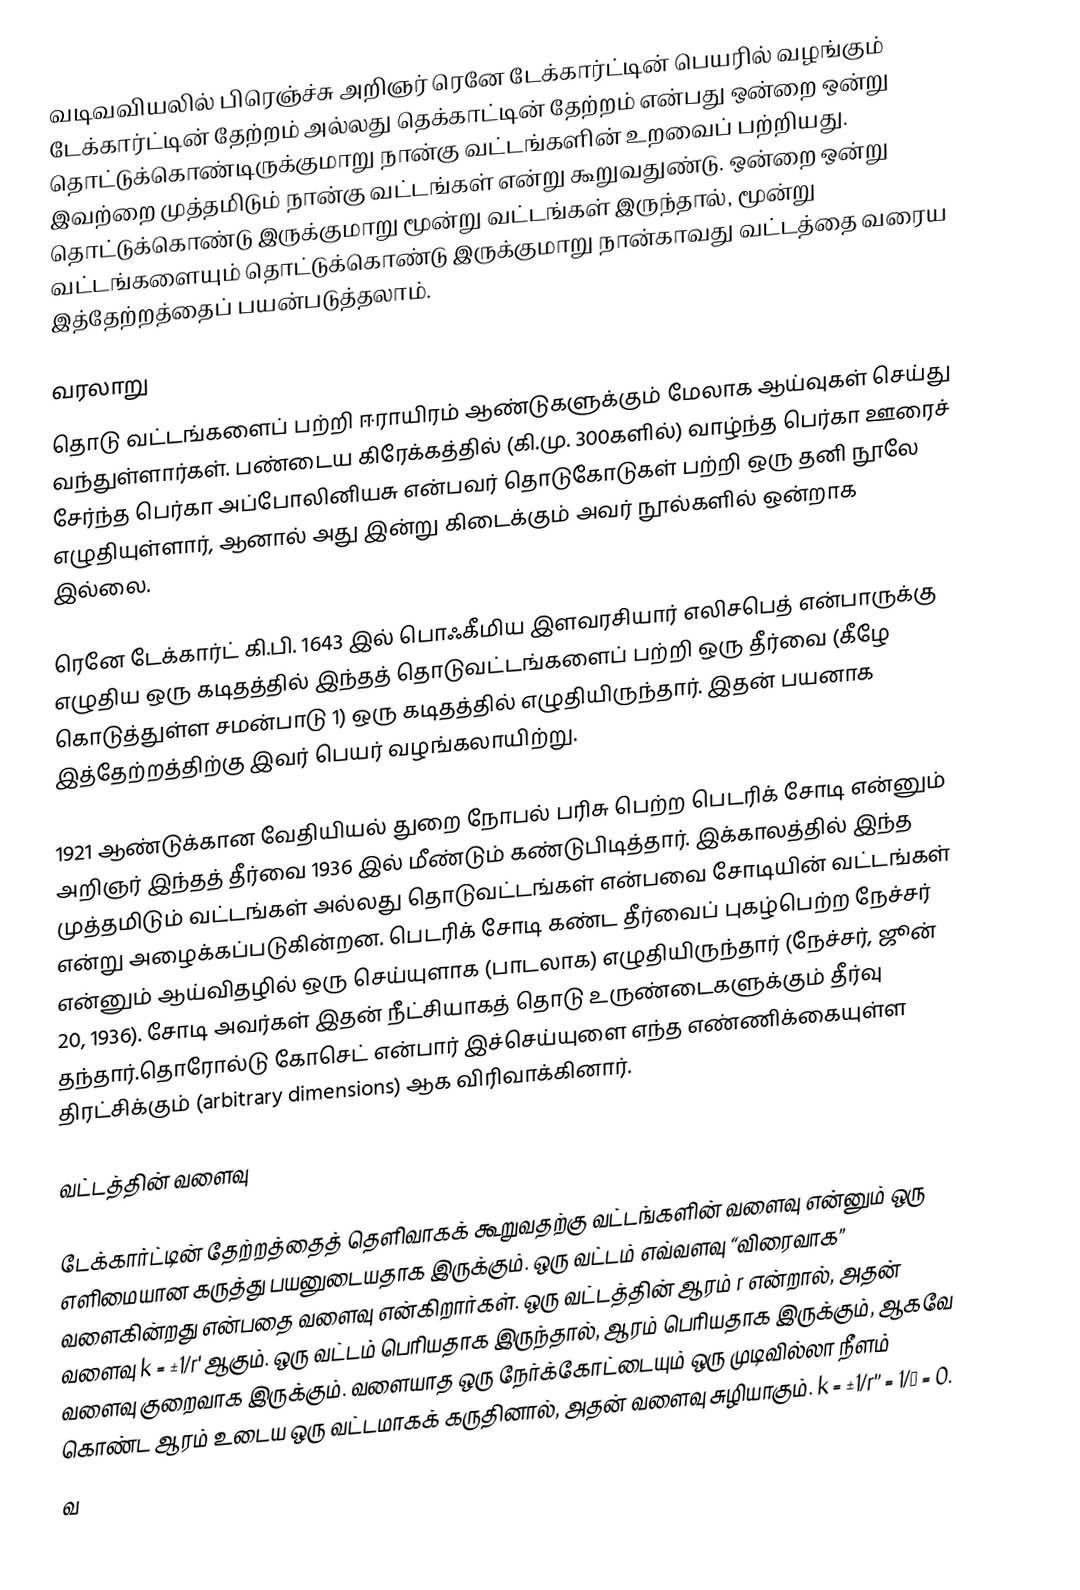
வடிவவியலில் பிரெஞ்ச்சு அறிஞர் ரெனே டேக்கார்ட்டின் பெயரில் வழங்கும் டேக்கார்ட்டின் தேற்றம் அல்லது தெக்காட்டின் தேற்றம் என்பது ஒன்றை ஒன்று தொட்டுக்கொண்டிருக்குமாறு நான்கு வட்டங்களின் உறவைப் பற்றியது. இவற்றை முத்தமிடும் நான்கு வட்டங்கள் என்று கூறுவதுண்டு. ஒன்றை ஒன்று தொட்டுக்கொண்டு இருக்குமாறு மூன்று வட்டங்கள் இருந்தால், மூன்று வட்டங்களையும் தொட்டுக்கொண்டு இருக்குமாறு நான்காவது வட்டத்தை வரைய இத்தேற்றத்தைப் பயன்படுத்தலாம்.

வரலாறு
தொடு வட்டங்களைப் பற்றி ஈராயிரம் ஆண்டுகளுக்கும் மேலாக ஆய்வுகள் செய்து வந்துள்ளார்கள். பண்டைய கிரேக்கத்தில் (கி.மு. 300களில்) வாழ்ந்த பெர்கா ஊரைச் சேர்ந்த பெர்கா அப்போலினியசு என்பவர் தொடுகோடுகள் பற்றி  ஒரு தனி நூலே எழுதியுள்ளார், ஆனால் அது இன்று கிடைக்கும் அவர் நூல்களில் ஒன்றாக இல்லை.

ரெனே டேக்கார்ட் கி.பி. 1643 இல் பொஃகீமிய இளவரசியார் எலிசபெத் என்பாருக்கு எழுதிய ஒரு கடிதத்தில் இந்தத் தொடுவட்டங்களைப் பற்றி ஒரு தீர்வை (கீழே கொடுத்துள்ள சமன்பாடு 1) ஒரு கடிதத்தில் எழுதியிருந்தார்.  இதன் பயனாக இத்தேற்றத்திற்கு இவர் பெயர் வழங்கலாயிற்று.

1921 ஆண்டுக்கான வேதியியல் துறை நோபல் பரிசு பெற்ற பெடரிக் சோடி என்னும் அறிஞர் இந்தத் தீர்வை 1936 இல் மீண்டும் கண்டுபிடித்தார். இக்காலத்தில் இந்த முத்தமிடும் வட்டங்கள் அல்லது தொடுவட்டங்கள் என்பவை சோடியின் வட்டங்கள் என்று அழைக்கப்படுகின்றன. பெடரிக் சோடி கண்ட தீர்வைப் புகழ்பெற்ற நேச்சர் என்னும் ஆய்விதழில் ஒரு செய்யுளாக (பாடலாக) எழுதியிருந்தார் (நேச்சர், ஜூன் 20, 1936). சோடி அவர்கள் இதன் நீட்சியாகத் தொடு உருண்டைகளுக்கும் தீர்வு தந்தார்.தொரோல்டு கோசெட் என்பார் இச்செய்யுளை எந்த எண்ணிக்கையுள்ள திரட்சிக்கும் (arbitrary dimensions) ஆக விரிவாக்கினார்.

வட்டத்தின் வளைவு

டேக்கார்ட்டின் தேற்றத்தைத் தெளிவாகக் கூறுவதற்கு வட்டங்களின் வளைவு என்னும் ஒரு எளிமையான கருத்து பயனுடையதாக இருக்கும். ஒரு வட்டம் எவ்வளவு “விரைவாக” வளைகின்றது என்பதை வளைவு என்கிறார்கள். ஒரு வட்டத்தின் ஆரம் r என்றால், அதன் வளைவு k = ±1/r' ஆகும். ஒரு வட்டம் பெரியதாக இருந்தால், ஆரம் பெரியதாக இருக்கும், ஆகவே வளைவு குறைவாக இருக்கும். வளையாத ஒரு நேர்க்கோட்டையும் ஒரு முடிவில்லா நீளம் கொண்ட ஆரம் உடைய ஒரு வட்டமாகக் கருதினால், அதன் வளைவு சுழியாகும். k = ±1/r'’ = 1/∞ = 0.
வ